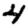
Digit: 4